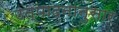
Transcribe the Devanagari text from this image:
उत्पादनानुसार